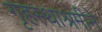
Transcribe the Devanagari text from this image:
गृहस्थाश्रमीने